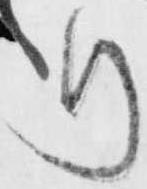
り